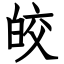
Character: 皎